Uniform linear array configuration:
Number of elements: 12
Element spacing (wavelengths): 1
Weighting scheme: kaiser
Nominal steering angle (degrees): -45
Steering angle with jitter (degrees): -45.157
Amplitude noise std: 0.05
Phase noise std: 0.05

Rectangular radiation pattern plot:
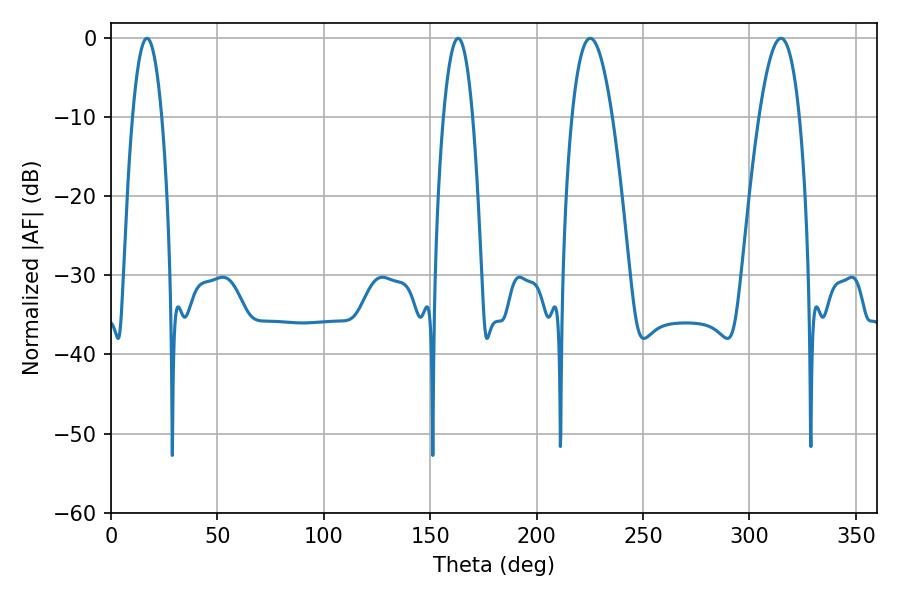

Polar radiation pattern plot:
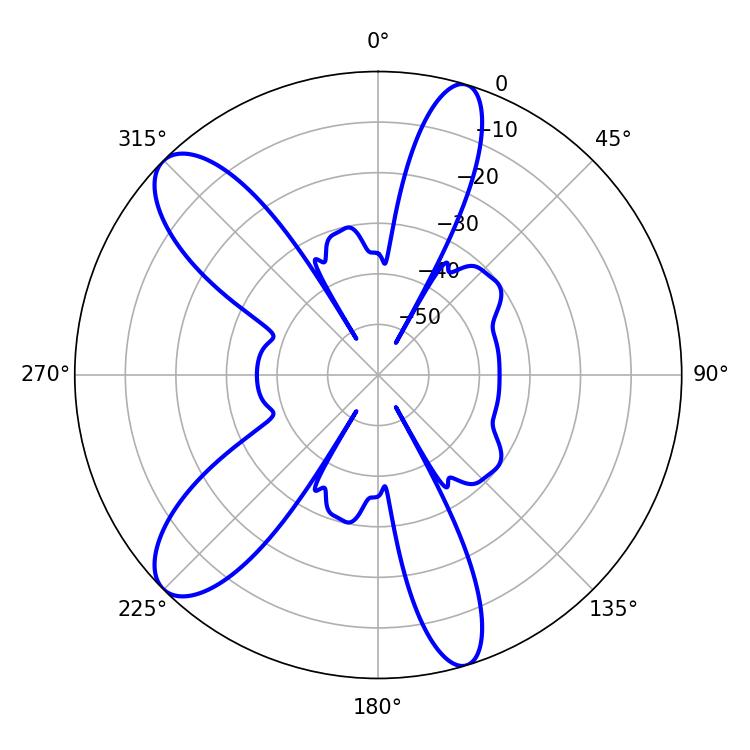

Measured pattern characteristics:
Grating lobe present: TRUE
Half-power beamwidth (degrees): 10.26
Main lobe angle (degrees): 225.18